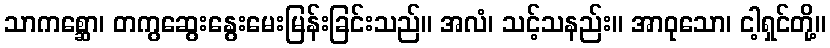
သာကစ္ဆော၊ တကွဆွေးနွေးမေးမြန်းခြင်းသည်။ အလံ၊ သင့်သနည်း။ အာဝုသော၊ ငါ့ရှင်တို့။